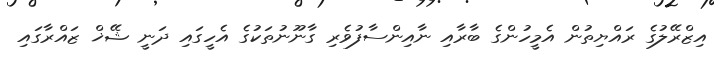
އިޒްރޭލުގެ ރައްޔިތުން އެމީހުންގެ ބާރާއި ނާއިންސާފުވެރި ގާނޫނުތަކުގެ އެހީގައި ދަނީ ޝޭޚް ޒައްރާގައި